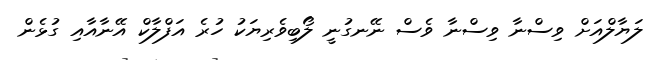
ލަޔާލްއަށް ވިސްނާ ވިސްނާ ވެސް ނޭނގުނީ ލޯބިވެރިޔަކު ހުރެ އަފްލާކް އޭނާއާއި ގުޅެން